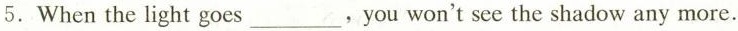
5.When the light goes ___.You won't see the shadow any more.